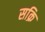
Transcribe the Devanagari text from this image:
सक्रि